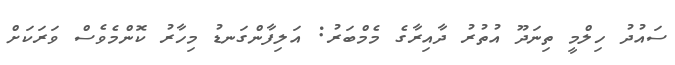
ސައުދު ހިލްމީ ތިނަދޫ އުތުރު ދާއިރާގެ މެމްބަރު: އަލިފާންގަނޑު މިހާރު ކޮންމެވެސް ވަރަކަށް